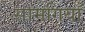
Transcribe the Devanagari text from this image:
सामगियाँ